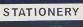
stationery